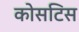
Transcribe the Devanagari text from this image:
कोसटिस